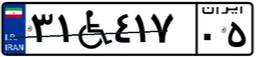
۰۱W۴۵۶۱۹